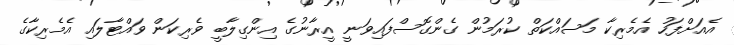
އެއަށްފަހު އެމެރިކާ މަސައްކަތް ކުރަމުން ގެންގޮސްފައިވަނީ އީރާނުގެ އިންގިލާބީ ވެރިކަން ވައްޓާލައި އެމެރިކާގެ